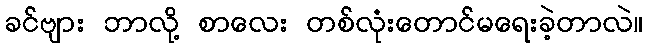
ခင်ဗျား ဘာလို့ စာလေး တစ်လုံးတောင်မရေးခဲ့တာလဲ။